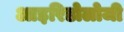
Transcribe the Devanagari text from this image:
आइरिडोलोजी